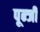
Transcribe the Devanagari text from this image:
पून्जी